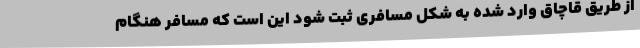
از طریق قاچاق وارد شده به شکل مسافری ثبت شود این است که مسافر هنگام